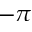
- \pi